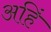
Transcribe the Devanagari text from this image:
अहिं